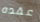
عقده